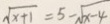
\sqrt { x + 1 } = 5 - \sqrt { x - 4 }